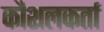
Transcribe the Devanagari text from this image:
कौशलकर्ता